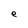
Character: e